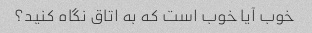
خوب آیا خوب است که به اتاق نگاه کنید؟